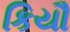
કિયૌ